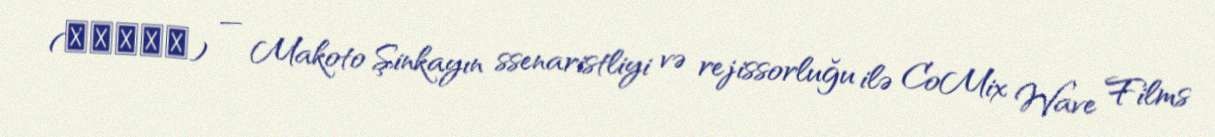
(君の名は。) — Makoto Şinkayın ssenaristliyi və rejissorluğu ilə CoMix Wave Films